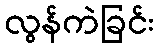
လွန်ကဲခြင်း